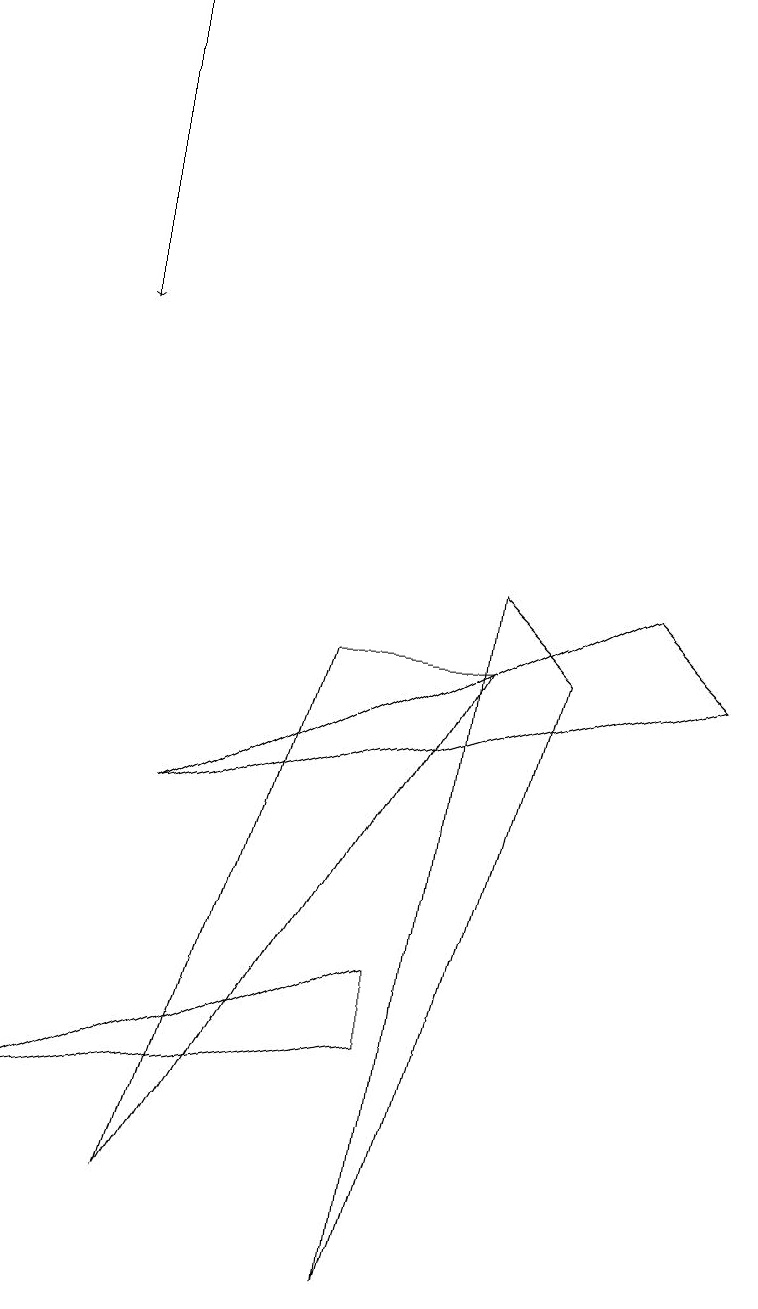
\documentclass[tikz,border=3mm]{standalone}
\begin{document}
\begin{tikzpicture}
\draw (7,8) -- (5,0) -- (6,9) -- cycle;
\draw (0,2) -- (5,4) -- (5,3) -- cycle;
\draw (2,6) -- (9,8) -- (8,9) -- cycle;
\draw (6,8) -- (2,1) -- (4,8) -- cycle;
\draw (9,12) rectangle (9,11);
\draw[->] (1,16) -- (1,12);
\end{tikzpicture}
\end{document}